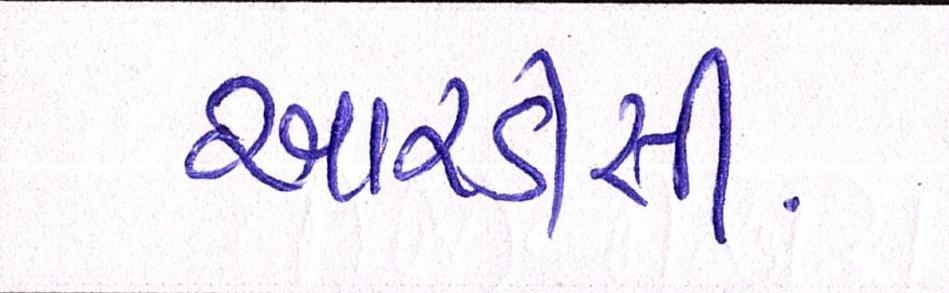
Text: આરડીસી